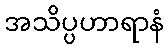
အသိပ္ပဟာရာနံ